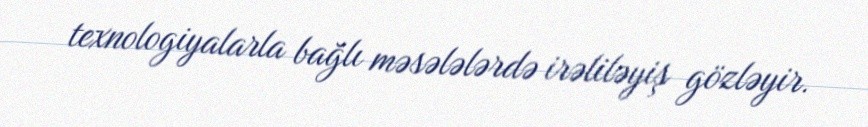
texnologiyalarla bağlı məsələlərdə irəliləyiş gözləyir.